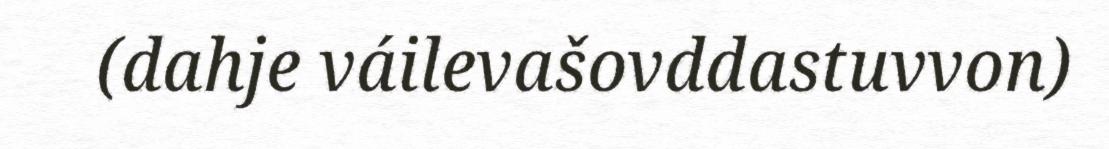
(dahje váilevašovddastuvvon)